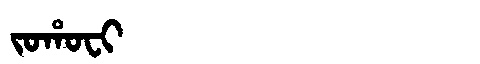
Manchu: ᠵᠣᡥᠣᠸᡳ
Romanization: JOHOFI